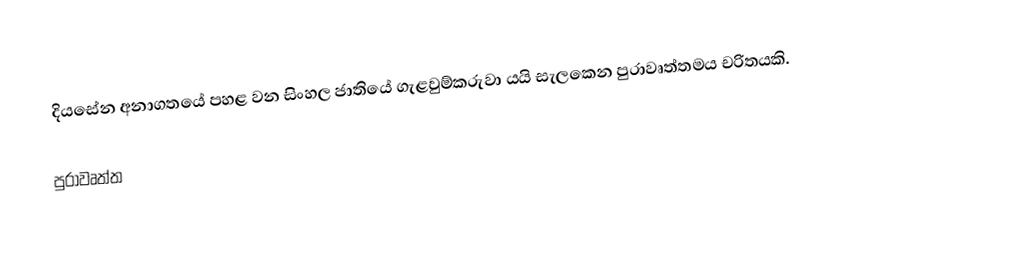
දියසේන අනාගතයේ පහළ වන සිංහල ජාතියේ ගැළවුම්කරුවා යයි සැලකෙන පුරාවෘත්තමය චරිතයකි.

පුරාවෘත්ත